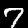
Label: 7